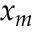
x _ { m }